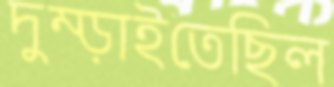
দুম্‌ড়াইতেছিল